Lunatic asylums Madras 1877-1891 - 1877-1891
Year: 1877
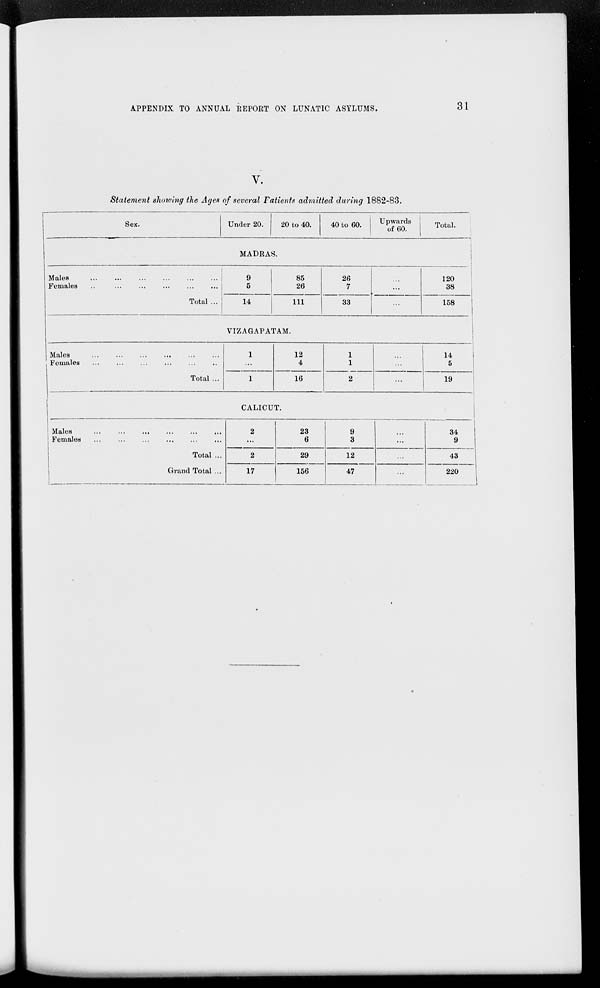
APPENDIX TO ANNUAL REPORT ON LUNATIC ASYLUMS.
31
V.
Statement showing the Ages of several Patients admitted during 1882-83.
Sex.
Under 20.
20 to 40.
40 to 60.
Upwards
of 60.
Total.
MADRAS.
Males ... ... ... ... ... ...
Females ... ... ... ... ... ...
Total ...
9
5
14
85
26
111
26
7
33
...
...
...
120
38
158
VIZAGAPATAM.
Males ... ... ... ... ... ...
Females
...
...
...
...
...
...
Total ...
1
...
1
12
4
16
1
1
2
...
...
...
14
5
19
CALICUT.
Males
...
...
...
...
...
...
Females ... ... ... ... ... ...
Total ...
Grand Total ...
2
...
2
17
23
6
29
156
9
3
12
47
...
...
...
...
34
9
43
220